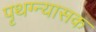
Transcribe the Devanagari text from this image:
पृथग्न्यासक